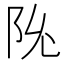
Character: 𬮽